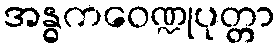
အန္ဓကဝေဏ္ဍုပုတ္တာ